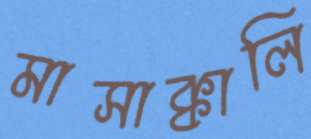
মাসাক্কালি